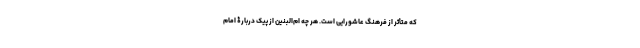
که متأثر از فرهنگ عاشورایی است. هر چه ام‌البنین از پیک دربارۀ امام